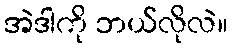
အဲဒါကို ဘယ်လိုလဲ။